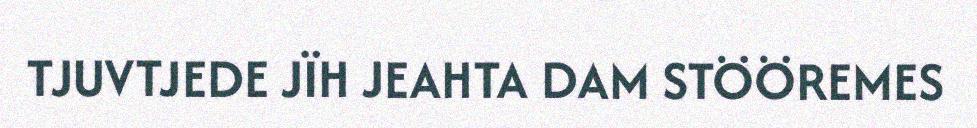
TJUVTJEDE JÏH JEAHTA DAM STÖÖREMES